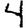
Digit: 4